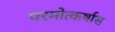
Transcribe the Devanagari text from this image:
परमोत्कर्षास